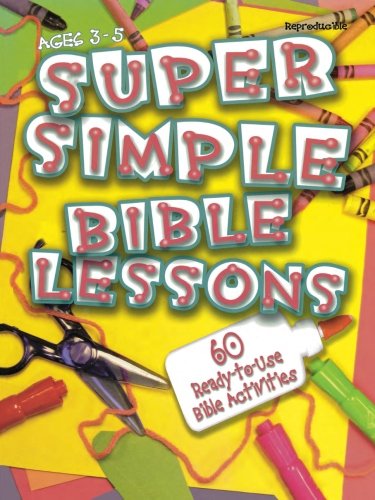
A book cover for Super Simple Bible Lessons (Ages 3-5): 60 Ready-To-Use Bible Activities for Ages 3-5; Abingdon Press; Christian Books & Bibles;